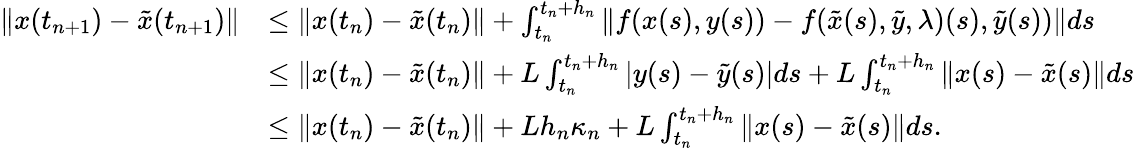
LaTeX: \begin{array}{rl}{\| x(t_{n+1})-\tilde{x}(t_{n+1})\| }&{\le\| x(t_{n})-\tilde{x}(t_{n})\| +\int_{t_{n}}^{t_{n}+h_{n}}\| f(x(s),y(s))-f(\tilde{x}(s),\tilde{y},\lambda)(s),\tilde{y}(s))\| ds}\\ &{\le\| x(t_{n})-\tilde{x}(t_{n})\| +L\int_{t_{n}}^{t_{n}+h_{n}}|y(s)-\tilde{y}(s)|ds+L\int_{t_{n}}^{t_{n}+h_{n}}\| x(s)-\tilde{x}(s)\| ds}\\ &{\le\| x(t_{n})-\tilde{x}(t_{n})\| +Lh_{n}\kappa_{n}+L\int_{t_{n}}^{t_{n}+h_{n}}\| x(s)-\tilde{x}(s)\| ds.}\end{array}